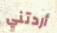
أردتني